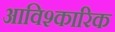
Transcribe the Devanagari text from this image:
आविश्कारिक